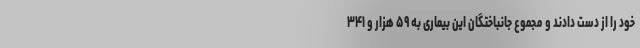
خود را از دست دادند و مجموع جانباختگان این بیماری به ۵۹ هزار و ۳۴۱